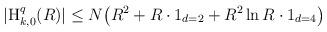
LaTeX: \begin{align*} |\textnormal{H}_{k,0}^{q}(R)|\leq N \big(R^2+R\cdot 1_{d=2}+R^2\ln R \cdot 1_{d=4}\big)\end{align*}